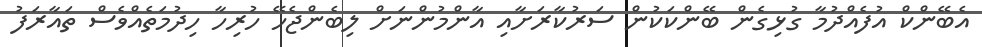
އެބޭންކް އުފެއްދުމާ ގުޅިގެން ބޭންކަކުން ސަރުކާރަށާއި އާންމުންނަށް ލިބެންޖެހޭ ހުރިހާ ހިދުމަތެއްވެސް ތައާރަފު